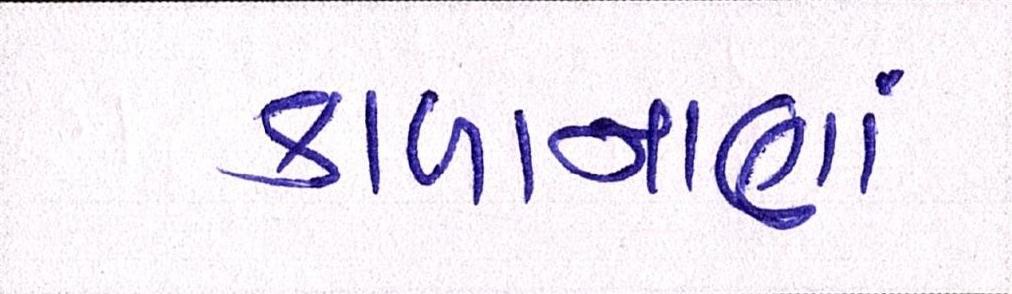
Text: કાળાનાણાં